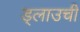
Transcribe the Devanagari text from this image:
ड्लाउची